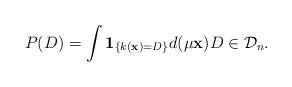
LaTeX: \begin{align*}P(D)=\int \mathbf{1}_{ \{ k(\mathbf{x})=D \}} d(\mu \mathbf{x} ) D\in \mathcal{D}_n.\end{align*}